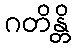
ဂတိန္တိ